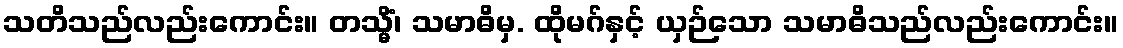
သတိသည်လည်းကောင်း။ တသ္မိံ၊ သမာဓိမှ. ထိုမဂ်နှင့် ယှဉ်သော သမာဓိသည်လည်းကောင်း။